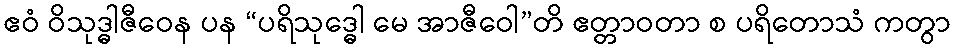
ဧဝံ ဝိသုဒ္ဓါဇီဝေန ပန “ပရိသုဒ္ဓေါ မေ အာဇီဝေါ”တိ ဧတ္တာဝတာ စ ပရိတောသံ ကတွာ